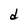
Character: d